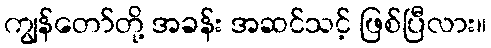
ကျွန်တော်တို့ အခန်း အဆင်သင့် ဖြစ်ပြီလား။